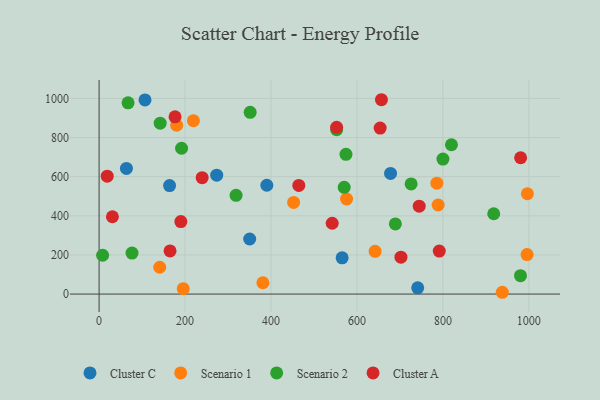
{"axis": {"x": "Engine Size", "y": "Demand"}, "legend": ["Cluster A", "Cluster C", "Scenario 1", "Scenario 2"], "data": [{"x": "390.3", "y": 556.3, "type": "Cluster C"}, {"x": "273.7", "y": 607.6, "type": "Cluster C"}, {"x": "565.5", "y": 185.3, "type": "Cluster C"}, {"x": "63.6", "y": 642.3, "type": "Cluster C"}, {"x": "741.4", "y": 31.9, "type": "Cluster C"}, {"x": "106.8", "y": 992.4, "type": "Cluster C"}, {"x": "678.2", "y": 617.0, "type": "Cluster C"}, {"x": "164.0", "y": 554.7, "type": "Cluster C"}, {"x": "350.4", "y": 281.5, "type": "Cluster C"}, {"x": "996.6", "y": 512.8, "type": "Scenario 1"}, {"x": "141.1", "y": 137.0, "type": "Scenario 1"}, {"x": "938.2", "y": 9.2, "type": "Scenario 1"}, {"x": "219.5", "y": 886.4, "type": "Scenario 1"}, {"x": "381.1", "y": 57.9, "type": "Scenario 1"}, {"x": "575.9", "y": 486.1, "type": "Scenario 1"}, {"x": "995.9", "y": 201.7, "type": "Scenario 1"}, {"x": "195.8", "y": 27.6, "type": "Scenario 1"}, {"x": "180.5", "y": 863.0, "type": "Scenario 1"}, {"x": "452.6", "y": 468.6, "type": "Scenario 1"}, {"x": "642.2", "y": 218.7, "type": "Scenario 1"}, {"x": "786.0", "y": 566.8, "type": "Scenario 1"}, {"x": "789.0", "y": 455.4, "type": "Scenario 1"}, {"x": "552.8", "y": 840.6, "type": "Scenario 2"}, {"x": "351.5", "y": 928.9, "type": "Scenario 2"}, {"x": "918.3", "y": 410.7, "type": "Scenario 2"}, {"x": "819.9", "y": 763.3, "type": "Scenario 2"}, {"x": "980.6", "y": 94.0, "type": "Scenario 2"}, {"x": "67.4", "y": 977.6, "type": "Scenario 2"}, {"x": "191.9", "y": 745.5, "type": "Scenario 2"}, {"x": "800.1", "y": 690.2, "type": "Scenario 2"}, {"x": "574.5", "y": 714.4, "type": "Scenario 2"}, {"x": "318.7", "y": 504.8, "type": "Scenario 2"}, {"x": "8.2", "y": 198.5, "type": "Scenario 2"}, {"x": "142.1", "y": 873.7, "type": "Scenario 2"}, {"x": "726.1", "y": 563.2, "type": "Scenario 2"}, {"x": "76.6", "y": 209.6, "type": "Scenario 2"}, {"x": "570.3", "y": 545.9, "type": "Scenario 2"}, {"x": "689.4", "y": 358.5, "type": "Scenario 2"}, {"x": "654.0", "y": 848.6, "type": "Cluster A"}, {"x": "31.0", "y": 395.2, "type": "Cluster A"}, {"x": "542.4", "y": 362.1, "type": "Cluster A"}, {"x": "176.7", "y": 906.0, "type": "Cluster A"}, {"x": "657.0", "y": 993.5, "type": "Cluster A"}, {"x": "190.2", "y": 370.4, "type": "Cluster A"}, {"x": "744.9", "y": 449.1, "type": "Cluster A"}, {"x": "464.7", "y": 555.6, "type": "Cluster A"}, {"x": "702.4", "y": 188.8, "type": "Cluster A"}, {"x": "791.6", "y": 219.7, "type": "Cluster A"}, {"x": "552.7", "y": 852.3, "type": "Cluster A"}, {"x": "239.8", "y": 595.1, "type": "Cluster A"}, {"x": "165.1", "y": 220.8, "type": "Cluster A"}, {"x": "980.9", "y": 696.8, "type": "Cluster A"}, {"x": "18.9", "y": 602.7, "type": "Cluster A"}]}